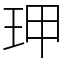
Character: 玾